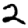
Digit: 2